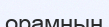
орамның